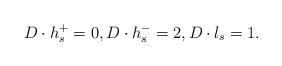
LaTeX: \begin{align*} D\cdot h_s^+=0, D\cdot h_s^-=2, D\cdot l_s=1.\end{align*}